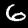
Digit: 6